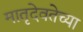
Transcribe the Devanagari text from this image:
मातृदेवतेच्या